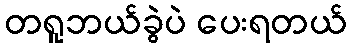
တရူဘယ်ခွဲပဲ ပေးရတယ်